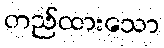
တည်ထားသော